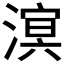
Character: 𪷆